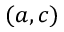
( a , c )